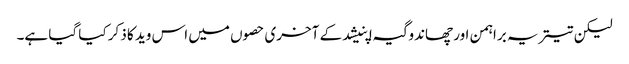
لیکن تیتریہ براہمن اور چھاندوگیہ اپنیشد کے آخری حصوں میں اس وید کا ذکر کیا گیا ہے۔